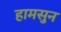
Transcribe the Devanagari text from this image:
हामसुन